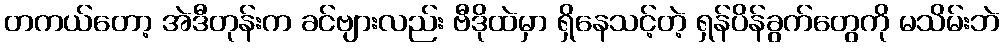
တကယ်တော့ အဲဒီတုန်းက ခင်ဗျားလည်း ဗီဒိုထဲမှာ ရှိနေသင့်တဲ့ ရှန်ပိန်ခွက်တွေကို မသိမ်းဘဲ